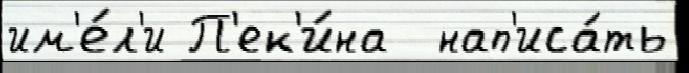
им'е́л'и П'ек'и́на  нап'иса́ть